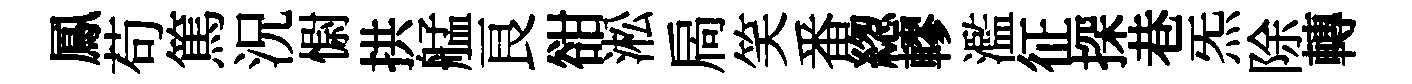
鳳苟篤況𢠢拱艋良𧮳淞扄笑番緫轇濫征探巷炁除轉